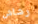
رشاش